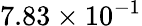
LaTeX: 7.83\times 10^{-1}